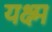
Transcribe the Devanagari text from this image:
यक्ष्म